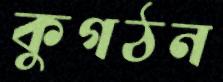
কুগঠন